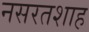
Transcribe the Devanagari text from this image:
नसरतशाह